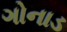
ગોનાડ